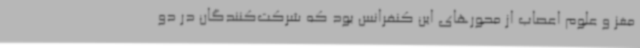
مغز و علوم اعصاب از محورهای این کنفرانس بود که شرکت‌کنندگان در دو